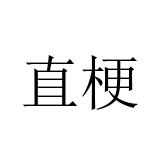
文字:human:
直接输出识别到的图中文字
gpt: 直梗